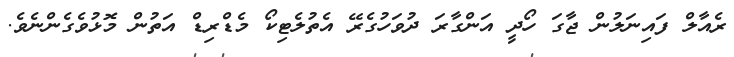
ރެއާލް ފައިނަލުން ޖާގަ ހޯދީ އަންގާރަ ދުވަހުގެރޭ އެތުލެޓިކޯ މެޑްރިޑް އަތުން މޮޅުވެގެންނެވެ.